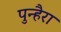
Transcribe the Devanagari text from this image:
पुन्हैरा